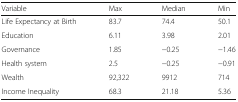
| Variable | Max | Median | Min |
 | --- | --- | --- | --- |
 | Life Expectancy at Birth | 83.7 | 74.4 | 50.1 |
 | Education | 6.11 | 3.98 | 2.01 |
 | Governance | 1.85 | −0.25 | −1.46 |
 | Health system | 2.5 | −0.25 | −0.91 |
 | Wealth | 92,322 | 9912 | 714 |
 | Income Inequality | 68.3 | 21.18 | 5.36 |